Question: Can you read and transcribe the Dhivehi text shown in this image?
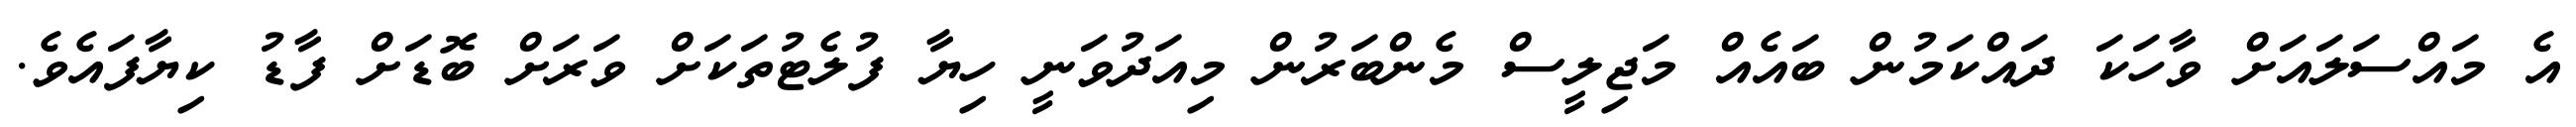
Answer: އެ މައްސަލައަށް ވާހަކަ ދައްކަމުން ބައެއް މަޖިލީސް މެންބަރުން މިއަދުވަނީ ހިޔާ ފުލެޓުތަކަށް ވަރަށް ބޮޑަށް ފާޑު ކިޔާފައެވެ.